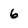
Character: 6